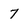
Character: 7